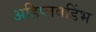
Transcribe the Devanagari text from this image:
अहिप्लवडिंभ